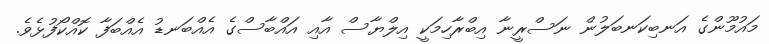
މައުމޫންގެ އަނބިކަނބަލުން ނަސްރީނާ އިބްރާހިމަކީ އިލްޔާސް އާއި އައްބާސްގެ އެއްބަނޑު އެއްބަފާ ކޮއްކޯފުޅެވެ.